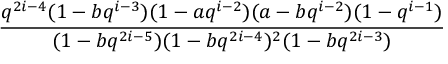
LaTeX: \frac { q ^ { 2 i - 4 } ( 1 - b q ^ { i - 3 } ) ( 1 - a q ^ { i - 2 } ) ( a - b q ^ { i - 2 } ) ( 1 - q ^ { i - 1 } ) } { ( 1 - b q ^ { 2 i - 5 } ) ( 1 - b q ^ { 2 i - 4 } ) ^ { 2 } ( 1 - b q ^ { 2 i - 3 } ) }